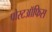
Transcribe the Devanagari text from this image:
पोस्टऑफिस